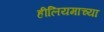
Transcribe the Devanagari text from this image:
हीलियमाच्या